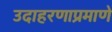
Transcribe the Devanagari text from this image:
उदाहरणाप्रमाणे